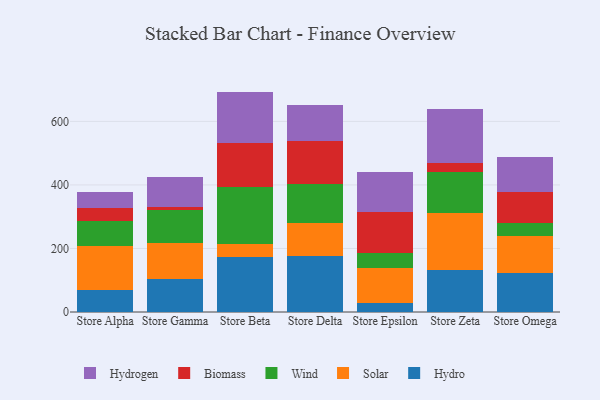
{"axis": {"x": "Store", "y": "Market Share (%)"}, "legend": ["Biomass", "Hydro", "Hydrogen", "Solar", "Wind"], "data": [{"x": "Store Alpha", "y": 69.4, "type": "Hydro"}, {"x": "Store Alpha", "y": 138.4, "type": "Solar"}, {"x": "Store Alpha", "y": 79.7, "type": "Wind"}, {"x": "Store Alpha", "y": 38.7, "type": "Biomass"}, {"x": "Store Alpha", "y": 52.6, "type": "Hydrogen"}, {"x": "Store Gamma", "y": 105.2, "type": "Hydro"}, {"x": "Store Gamma", "y": 112.9, "type": "Solar"}, {"x": "Store Gamma", "y": 101.9, "type": "Wind"}, {"x": "Store Gamma", "y": 10.2, "type": "Biomass"}, {"x": "Store Gamma", "y": 95.7, "type": "Hydrogen"}, {"x": "Store Beta", "y": 174.7, "type": "Hydro"}, {"x": "Store Beta", "y": 39.8, "type": "Solar"}, {"x": "Store Beta", "y": 177.8, "type": "Wind"}, {"x": "Store Beta", "y": 140.8, "type": "Biomass"}, {"x": "Store Beta", "y": 160.7, "type": "Hydrogen"}, {"x": "Store Delta", "y": 175.9, "type": "Hydro"}, {"x": "Store Delta", "y": 104.5, "type": "Solar"}, {"x": "Store Delta", "y": 121.2, "type": "Wind"}, {"x": "Store Delta", "y": 138.1, "type": "Biomass"}, {"x": "Store Delta", "y": 111.6, "type": "Hydrogen"}, {"x": "Store Epsilon", "y": 28.1, "type": "Hydro"}, {"x": "Store Epsilon", "y": 109.6, "type": "Solar"}, {"x": "Store Epsilon", "y": 47.7, "type": "Wind"}, {"x": "Store Epsilon", "y": 129.4, "type": "Biomass"}, {"x": "Store Epsilon", "y": 124.5, "type": "Hydrogen"}, {"x": "Store Zeta", "y": 132.8, "type": "Hydro"}, {"x": "Store Zeta", "y": 178.4, "type": "Solar"}, {"x": "Store Zeta", "y": 128.7, "type": "Wind"}, {"x": "Store Zeta", "y": 28.9, "type": "Biomass"}, {"x": "Store Zeta", "y": 168.7, "type": "Hydrogen"}, {"x": "Store Omega", "y": 121.8, "type": "Hydro"}, {"x": "Store Omega", "y": 119.0, "type": "Solar"}, {"x": "Store Omega", "y": 38.5, "type": "Wind"}, {"x": "Store Omega", "y": 97.2, "type": "Biomass"}, {"x": "Store Omega", "y": 111.5, "type": "Hydrogen"}]}